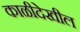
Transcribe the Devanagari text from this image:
काळीदेखील